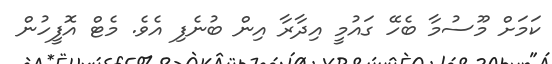
ކަމަށް މޫސުމާ ބެހޭ ގައުމީ އިދާރާ އިން ބުނެފި އެވެ. މެޓް އޮފީހުން